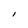
Character: I